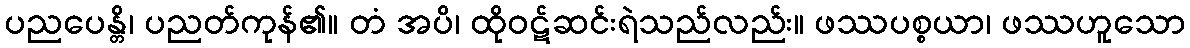
ပညပေန္တိ၊ ပညတ်ကုန်၏။ တံ အပိ၊ ထိုဝဋ်ဆင်းရဲသည်လည်း။ ဖဿပစ္စယာ၊ ဖဿဟူသော